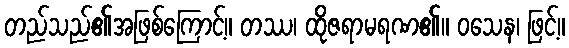
တည်သည်၏အဖြစ်ကြောင့်။ တဿ၊ ထိုဇရာမရဏ၏။ ဝသေန၊ ဖြင့်။